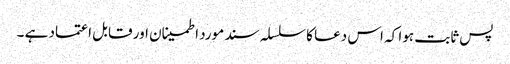
پس ثابت ہوا کہ اس دعا کا سلسلہ سند مورد اطمینان اور قابل اعتماد ہے ۔